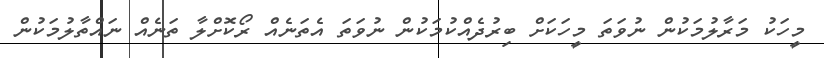
މީހަކު މަރާލުމަކުން ނުވަތަ މީހަކަށް ބިރުދެއްކުމަކުން ނުވަތަ އެތަނެއް ރޯކޮށްލާ ތަނެއް ނައްތާލުމަކުން